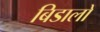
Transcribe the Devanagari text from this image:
बिडालों